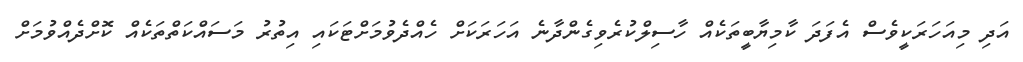
އަދި މިއަހަރަކީވެސް އެފަދަ ކާމިޔާބީތަކެއް ހާސިލްކުރެވިގެންދާނެ އަހަރަކަށް ހެއްދެވުމަށްޓަކައި އިތުރު މަސައްކަތްތަކެއް ކޮށްދެއްވުމަށް